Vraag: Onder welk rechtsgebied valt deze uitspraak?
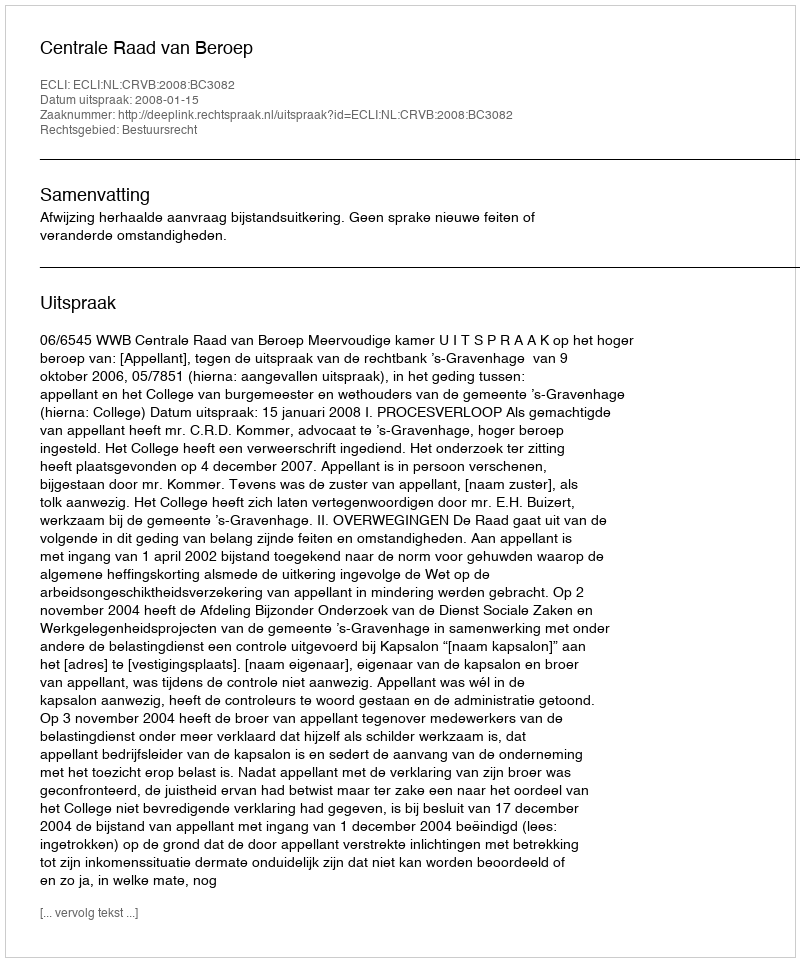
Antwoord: Bestuursrecht